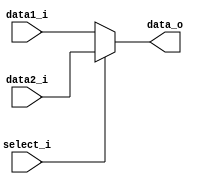
module MUX32(
    data1_i,
    data2_i,
    select_i,
    data_o
);

input	select_i;
input	[31:0]	data1_i, data2_i;
output reg	[31:0]	data_o;

always@(data1_i or data2_i or select_i) begin
	data_o = 32'b0;
    if(select_i)
	begin
        data_o <= data2_i;
	end
    else
	begin
	    data_o <= data1_i;
	end
end
endmodule